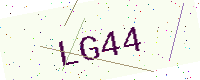
Text: LG44